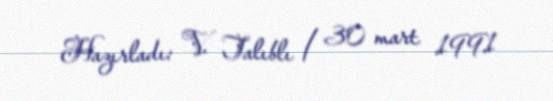
Hazırladı: V. Talıblı / 30 mart 1991